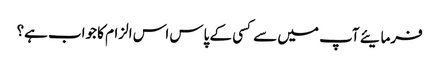
فرمایئے آپ میں سے کسی کے پاس اس الزام کا جواب ہے؟